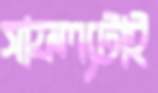
সাফল্যটাই